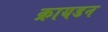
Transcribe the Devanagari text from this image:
क्रायडन